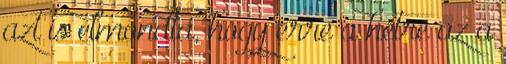
azt is elmondta, hogy erre a hétre az a